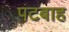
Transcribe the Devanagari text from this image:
पटबाह